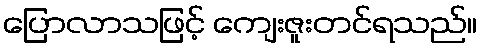
ပြောလာသဖြင့် ကျေးဇူးတင်ရသည်။